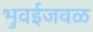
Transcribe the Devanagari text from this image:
भुवईजवळ